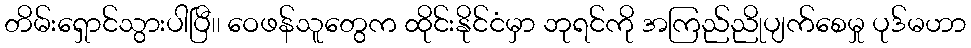
တိမ်းရှောင်သွားပါပြီ၊၊ ဝေဖန်သူတွေက ထိုင်းနိုင်ငံမှာ ဘုရင်ကို အကြည်ညိုပျက်စေမှု ပုဒ်မဟာ